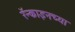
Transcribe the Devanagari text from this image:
रॅन्काइनच्या